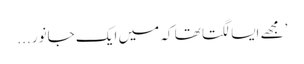
’مجھے ایسا لگتا تھا کہ میں ایک جانور ...